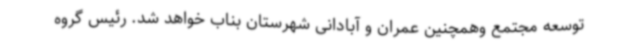
توسعه مجتمع وهمچنین عمران و آبادانی شهرستان بناب خواهد شد. رئیس گروه